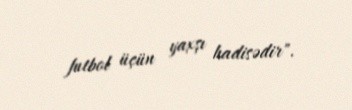
futbol üçün yaxşı hadisədir".